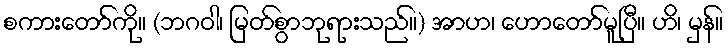
စကားတော်ကို။ (ဘဂဝါ၊ မြတ်စွာဘုရားသည်။) အာဟ၊ ဟောတော်မူပြီ။ ဟိ၊ မှန်။